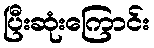
ပြီးဆုံးကြောင်း